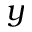
y